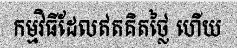
កម្មវិធីដែលឥតគិតថ្លៃ ហើយ